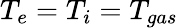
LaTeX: T_{e}=T_{i}=T_{gas}